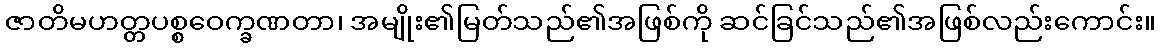
ဇာတိမဟတ္တပစ္စဝေက္ခဏတာ၊ အမျိုး၏မြတ်သည်၏အဖြစ်ကို ဆင်ခြင်သည်၏အဖြစ်လည်းကောင်း။